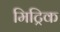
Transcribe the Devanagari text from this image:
मिट्रिक